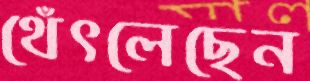
থেঁৎলেছেন